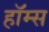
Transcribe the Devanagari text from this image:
हाॅम्स